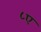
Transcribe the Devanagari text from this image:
८ए